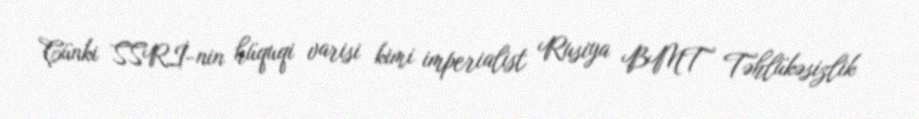
Çünki SSRİ-nin hüquqi varisi kimi imperialist Rusiya BMT Təhlükəsizlik